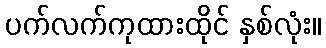
ပက်လက်ကုထားထိုင် နှစ်လုံး။